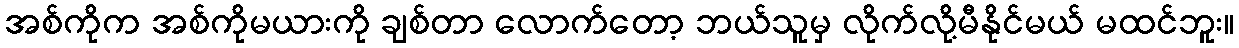
အစ်ကိုက အစ်ကိုမယားကို ချစ်တာ လောက်တော့ ဘယ်သူမှ လိုက်လို့မီနိုင်မယ် မထင်ဘူး။